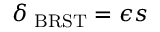
\delta _ { \mathrm { \scriptsize ~ B R S T } } = \epsilon s